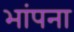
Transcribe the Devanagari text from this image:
भांपना